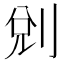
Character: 𠜑